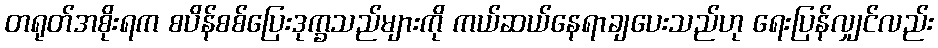
တရုတ်အစိုးရက စပိန်စစ်ပြေးဒုက္ခသည်များကို ကယ်ဆယ်နေရာချပေးသည်ဟု ရေးပြန်လျှင်လည်း